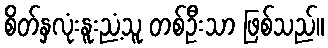
စိတ်နှလုံးနူးညံ့သူ တစ်ဦးသာ ဖြစ်သည်။